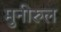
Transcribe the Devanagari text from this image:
मुनीरुल